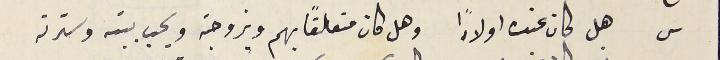
س هل كان عنده اولادًا وهل كان متعلقاً بهم وبزوجته ويحب بيت وسترته